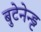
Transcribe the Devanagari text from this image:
बुटेनेन्ड्ट